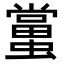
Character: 𧒾